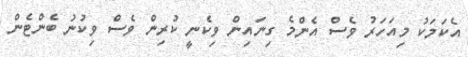
އެކަމަކު މިއަހަރު ވެސް އެންމެ ގިނައިން ވިކެނީ ކުރިން ވެސް ވިކުނު ބެންޓެން